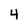
Character: 4